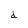
Character: d